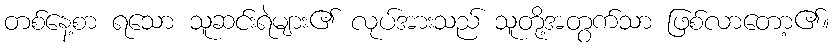
တစ်နေ့စာ ရသော သူဆင်းရဲများ၏ လုပ်အားသည် သူတို့အတွက်သာ ဖြစ်လာတော့၏။